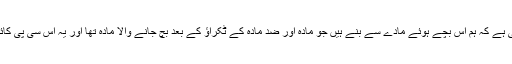
ہمارا اپنا وجود اس حقیقت کی گواہی ہے کہ ہم اس بچے ہوئے مادّے سے بنے ہیں جو مادّہ اور ضد مادّہ کے ٹکراؤ کے بعد بچ جانے والا مادّہ تھا اور یہ اس سی پی کائنات کی خلاف ورزی کا ثبوت ہے۔